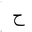
Letter: _ha